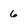
Character: 6